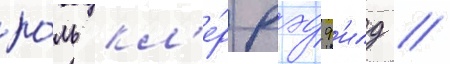
ро́ль кл'е́р рэдф'илд //